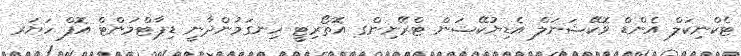
ޓެކްނިކަލް އެންޑް ވޮކޭޝަނަލް އެޑިޔުކޭޝަން ޓްރޭނިންގ އޮތޯރިޓީ ހިނގަމުންދާނީ ޑިޕާޓްމަންޓް އޮފް ހަޔަރ